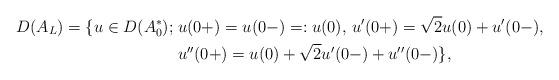
LaTeX: \begin{align*} D(A_L) = \{u\in D(A_0^*);\; & u(0+) = u(0-)=:u(0),\, u'(0+) = \sqrt{2} u(0) + u'(0-),\\ & u''(0+) = u(0) + \sqrt{2} u'(0-) + u''(0-)\}, \end{align*}